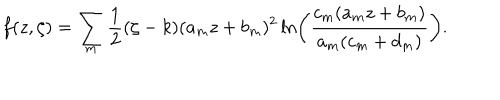
f ( z , \zeta ) = \sum _ { m } \frac { 1 } { 2 } ( \zeta - k ) ( a _ { m } z + b _ { m } ) ^ { 2 } \ln \left( \frac { c _ { m } ( a _ { m } z + b _ { m } ) } { a _ { m } ( c _ { m } + d _ { m } ) } \right) .